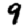
Digit: 9